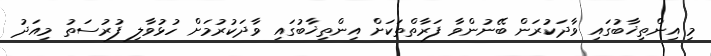
މި އިންތިޚާބުގައި ވާދަކުރަން ބޭނުންވާ ފަރާތްތަކަށް އިންތިޚާބުގައި ވާދަކުރުމަށް ހުޅުވާލި ފުރުސަތު މިއަދު